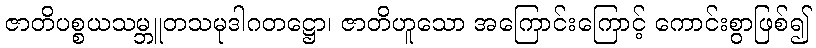
ဇာတိပစ္စယသမ္ဘူတသမုဒါဂတဋ္ဌော၊ ဇာတိဟူသော အကြောင်းကြောင့် ကောင်းစွာဖြစ်၍